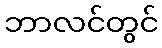
ဘာလင်တွင်